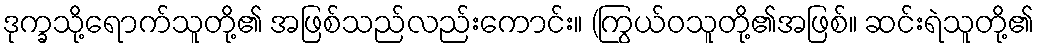
ဒုက္ခသို့ရောက်သူတို့၏ အဖြစ်သည်လည်းကောင်း။ (ကြွယ်ဝသူတို့၏အဖြစ်။ ဆင်းရဲသူတို့၏